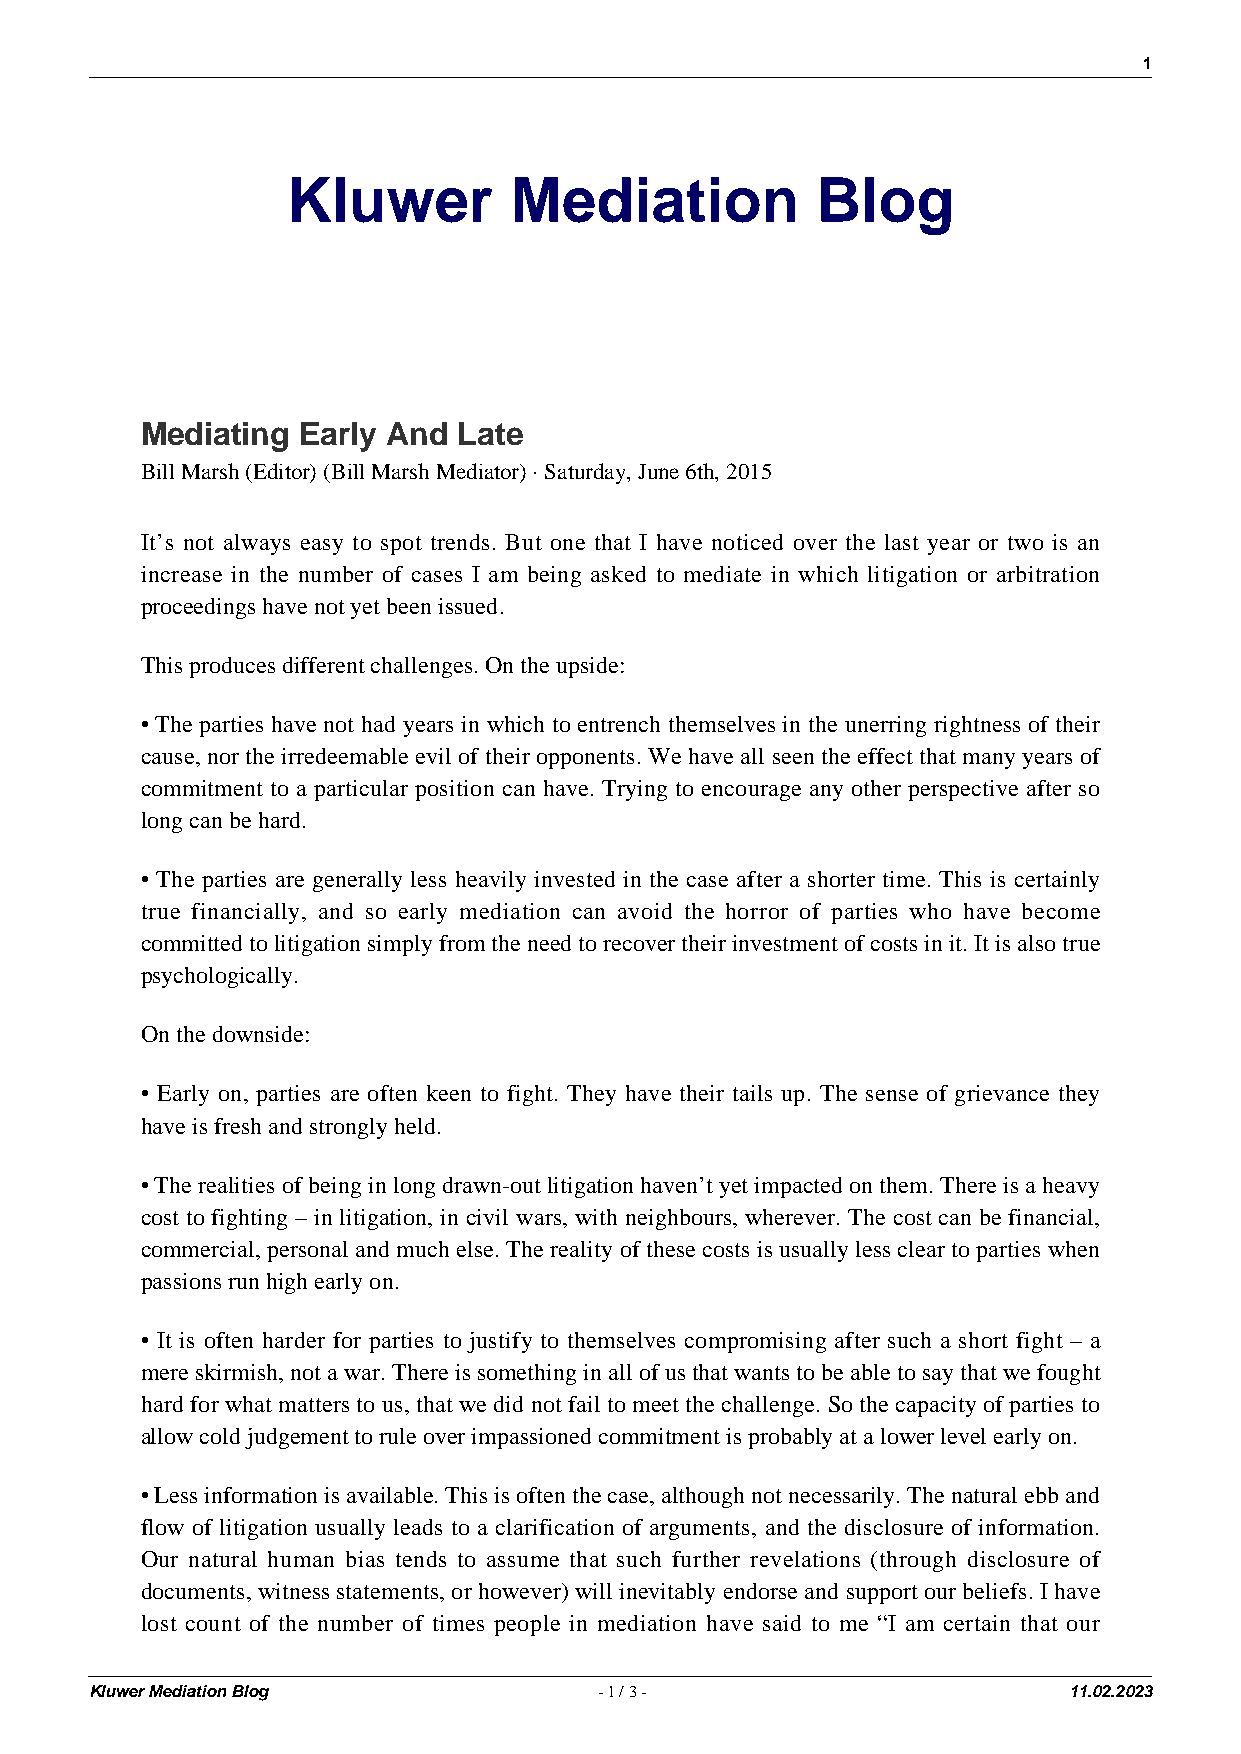
1
 Kluwer         Mediation           Blog
 Mediating  Early And Late
 Bill Marsh (Editor) (Bill Marsh Mediator) · Saturday, June 6th, 2015
 It’s not always easy to spot trends. But one that I have noticed over the last year or two is an
 increase in the number of cases I am being asked to mediate in which litigation or arbitration
 proceedings have not yet been issued.
 This produces different challenges. On the upside:
 • The parties have not had years in which to entrench themselves in the unerring rightness of their
 cause, nor the irredeemable evil of their opponents. We have all seen the effect that many years of
 commitment to a particular position can have. Trying to encourage any other perspective after so
 long can be hard.
 • The parties are generally less heavily invested in the case after a shorter time. This is certainly
 true financially, and so early mediation can avoid the horror of parties who have become
 committed to litigation simply from the need to recover their investment of costs in it. It is also true
 psychologically.
 On the downside:
 • Early on, parties are often keen to fight. They have their tails up. The sense of grievance they
 have is fresh and strongly held.
 • The realities of being in long drawn-out litigation haven’t yet impacted on them. There is a heavy
 cost to fighting – in litigation, in civil wars, with neighbours, wherever. The cost can be financial,
 commercial, personal and much else. The reality of these costs is usually less clear to parties when
 passions run high early on.
 • It is often harder for parties to justify to themselves compromising after such a short fight – a
 mere skirmish, not a war. There is something in all of us that wants to be able to say that we fought
 hard for what matters to us, that we did not fail to meet the challenge. So the capacity of parties to
 allow cold judgement to rule over impassioned commitment is probably at a lower level early on.
 • Less information is available. This is often the case, although not necessarily. The natural ebb and
 flow of litigation usually leads to a clarification of arguments, and the disclosure of information.
 Our natural human bias tends to assume that such further revelations (through disclosure of
 documents, witness statements, or however) will inevitably endorse and support our beliefs. I have
 lost count of the number of times people in mediation have said to me “I am certain that our
 Kluwer Mediation Blog             - 1 / 3 -                      11.02.2023